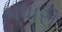
પધારી